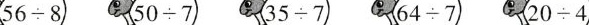
$$56 \div 8$$ $$5 0 \div 7$$ $$3 5 \div 7$$ $$6 4 \div 7$$ $$2 0 \div 4$$